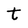
Character: t